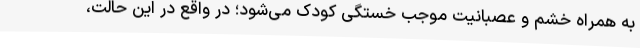
به همراه خشم و عصبانیت موجب خستگی کودک می‌شود؛ در واقع در این حالت،